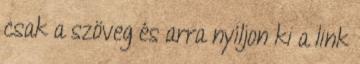
csak a szöveg és arra nyíljon ki a link